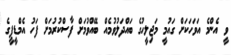
ވީ އެންމެ އަވަހަކަށް ގައުމީ މަޖިލީހުގެ ބައްދަލުވުމެއް ބޭއްވުމަށް ފާސްކުރުމަށް ފަހު އެމްޑީޕީގެ